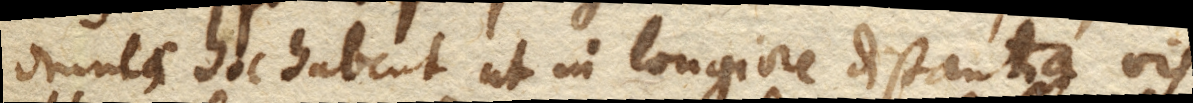
omnes hoc habent ut in longiore distantia vis